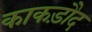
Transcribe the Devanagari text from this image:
काकड़ौद